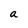
Character: a